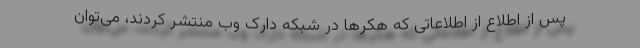
پس از اطلاع از اطلاعاتی که هکرها در شبکه دارک وب منتشر کردند، می‌توان